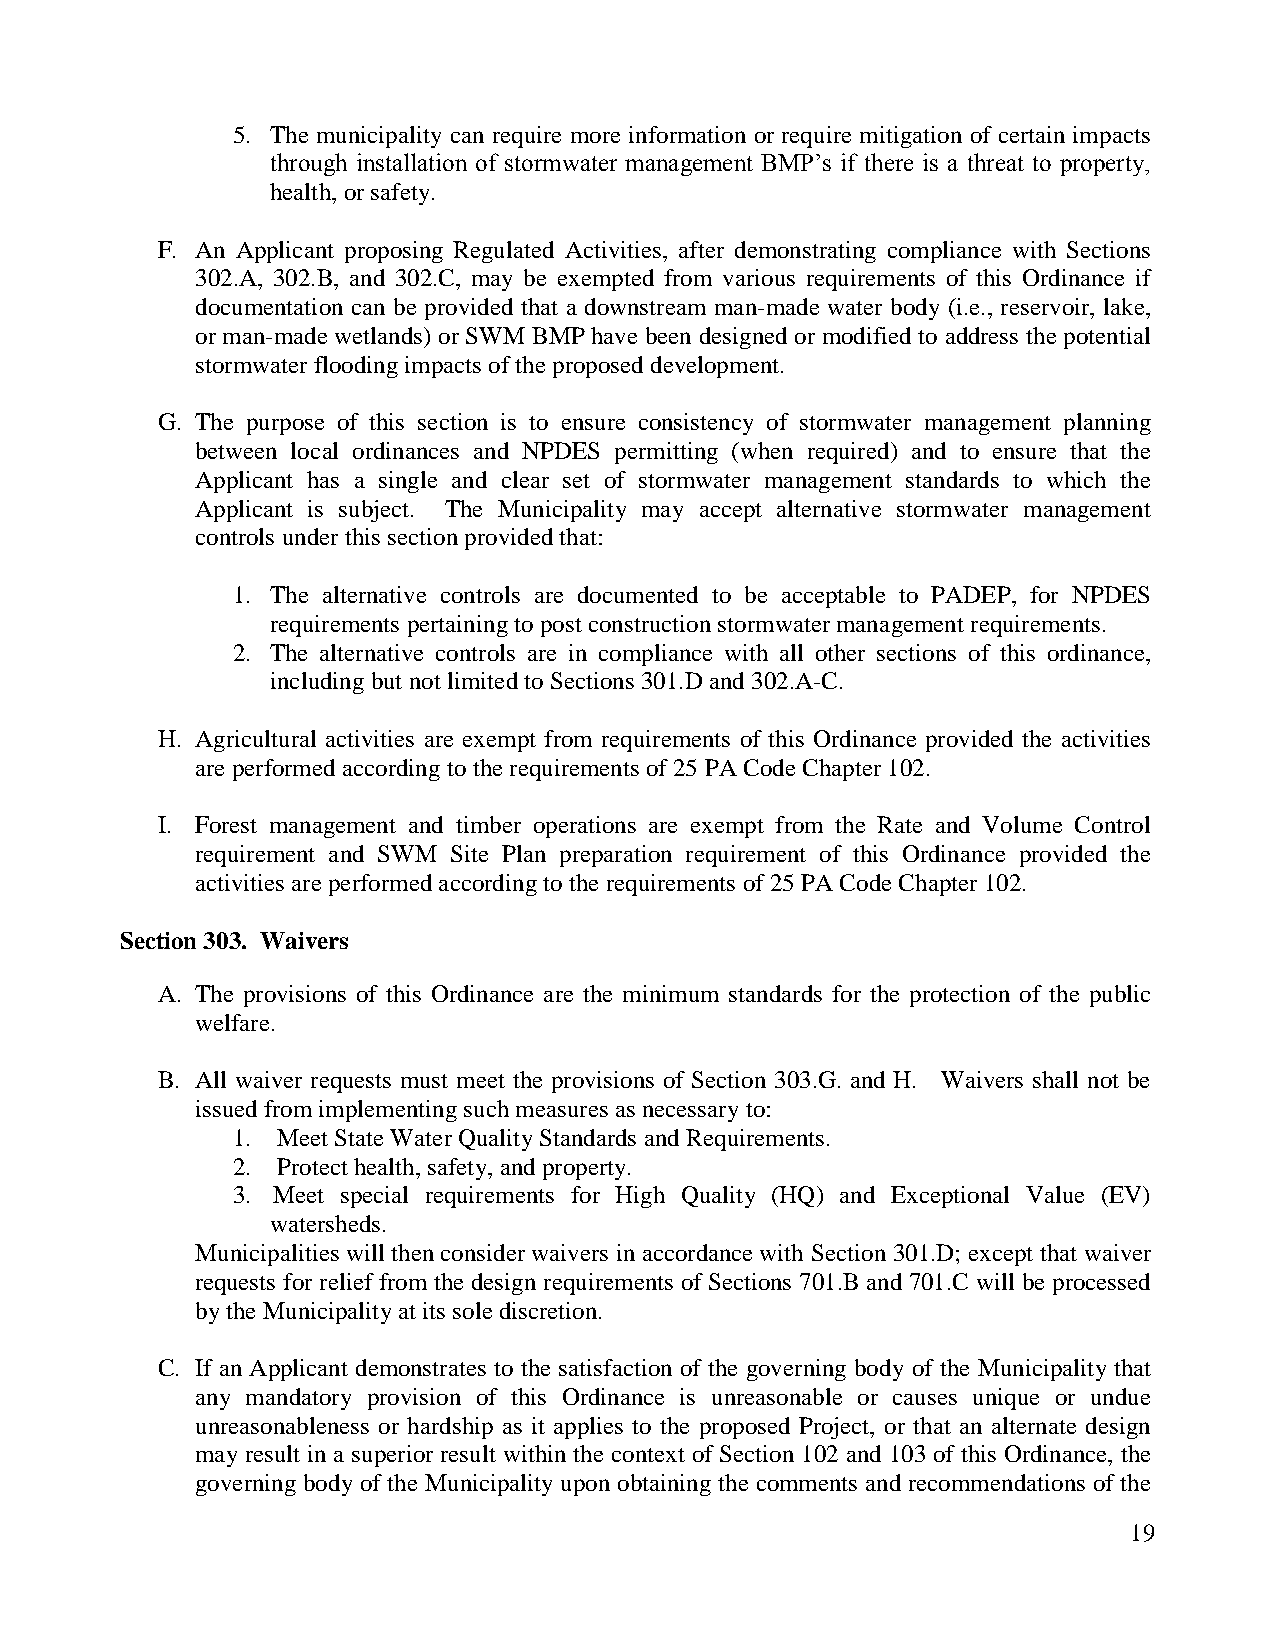
5. The municipality can require more information or require mitigation of certain impacts
 through installation of stormwater management BMP‟s if there is a threat to property,
 health, or safety.
 F. An Applicant proposing Regulated Activities, after demonstrating compliance with Sections
 302.A, 302.B, and 302.C, may be exempted from various requirements of this Ordinance if
 documentation can be provided that a downstream man-made water body (i.e., reservoir, lake,
 or man-made wetlands) or SWM BMP have been designed or modified to address the potential
 stormwater flooding impacts of the proposed development.
 G. The purpose of this section is to ensure consistency of stormwater management planning
 between local ordinances and NPDES permitting (when required) and to ensure that the
 Applicant has a single and clear set of stormwater management standards to which the
 Applicant is subject. The Municipality may accept alternative stormwater management
 controls under this section provided that:
 1. The alternative controls are documented to be acceptable to PADEP, for NPDES
 requirements pertaining to post construction stormwater management requirements.
 2. The alternative controls are in compliance with all other sections of this ordinance,
 including but not limited to Sections 301.D and 302.A-C.
 H. Agricultural activities are exempt from requirements of this Ordinance provided the activities
 are performed according to the requirements of 25 PA Code Chapter 102.
 I. Forest management and timber operations are exempt from the Rate and Volume Control
 requirement and SWM Site Plan preparation requirement of this Ordinance provided the
 activities are performed according to the requirements of 25 PA Code Chapter 102.
 Section 303. Waivers
 A. The provisions of this Ordinance are the minimum standards for the protection of the public
 welfare.
 B. All waiver requests must meet the provisions of Section 303.G. and H. Waivers shall not be
 issued from implementing such measures as necessary to:
 1. Meet State Water Quality Standards and Requirements.
 2. Protect health, safety, and property.
 3. Meet special requirements for High Quality (HQ) and Exceptional Value (EV)
 watersheds.
 Municipalities will then consider waivers in accordance with Section 301.D; except that waiver
 requests for relief from the design requirements of Sections 701.B and 701.C will be processed
 by the Municipality at its sole discretion.
 C. If an Applicant demonstrates to the satisfaction of the governing body of the Municipality that
 any mandatory provision of this Ordinance is unreasonable or causes unique or undue
 unreasonableness or hardship as it applies to the proposed Project, or that an alternate design
 may result in a superior result within the context of Section 102 and 103 of this Ordinance, the
 governing body of the Municipality upon obtaining the comments and recommendations of the
 19